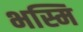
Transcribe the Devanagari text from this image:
भस्मि